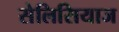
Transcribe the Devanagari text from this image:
सेलिसियाज